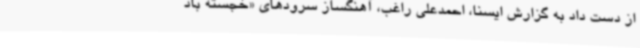
از دست داد به گزارش ایسنا، احمدعلی راغب، آهنگساز سرودهای «خجسته باد